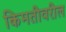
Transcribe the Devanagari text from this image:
किमतीवरील